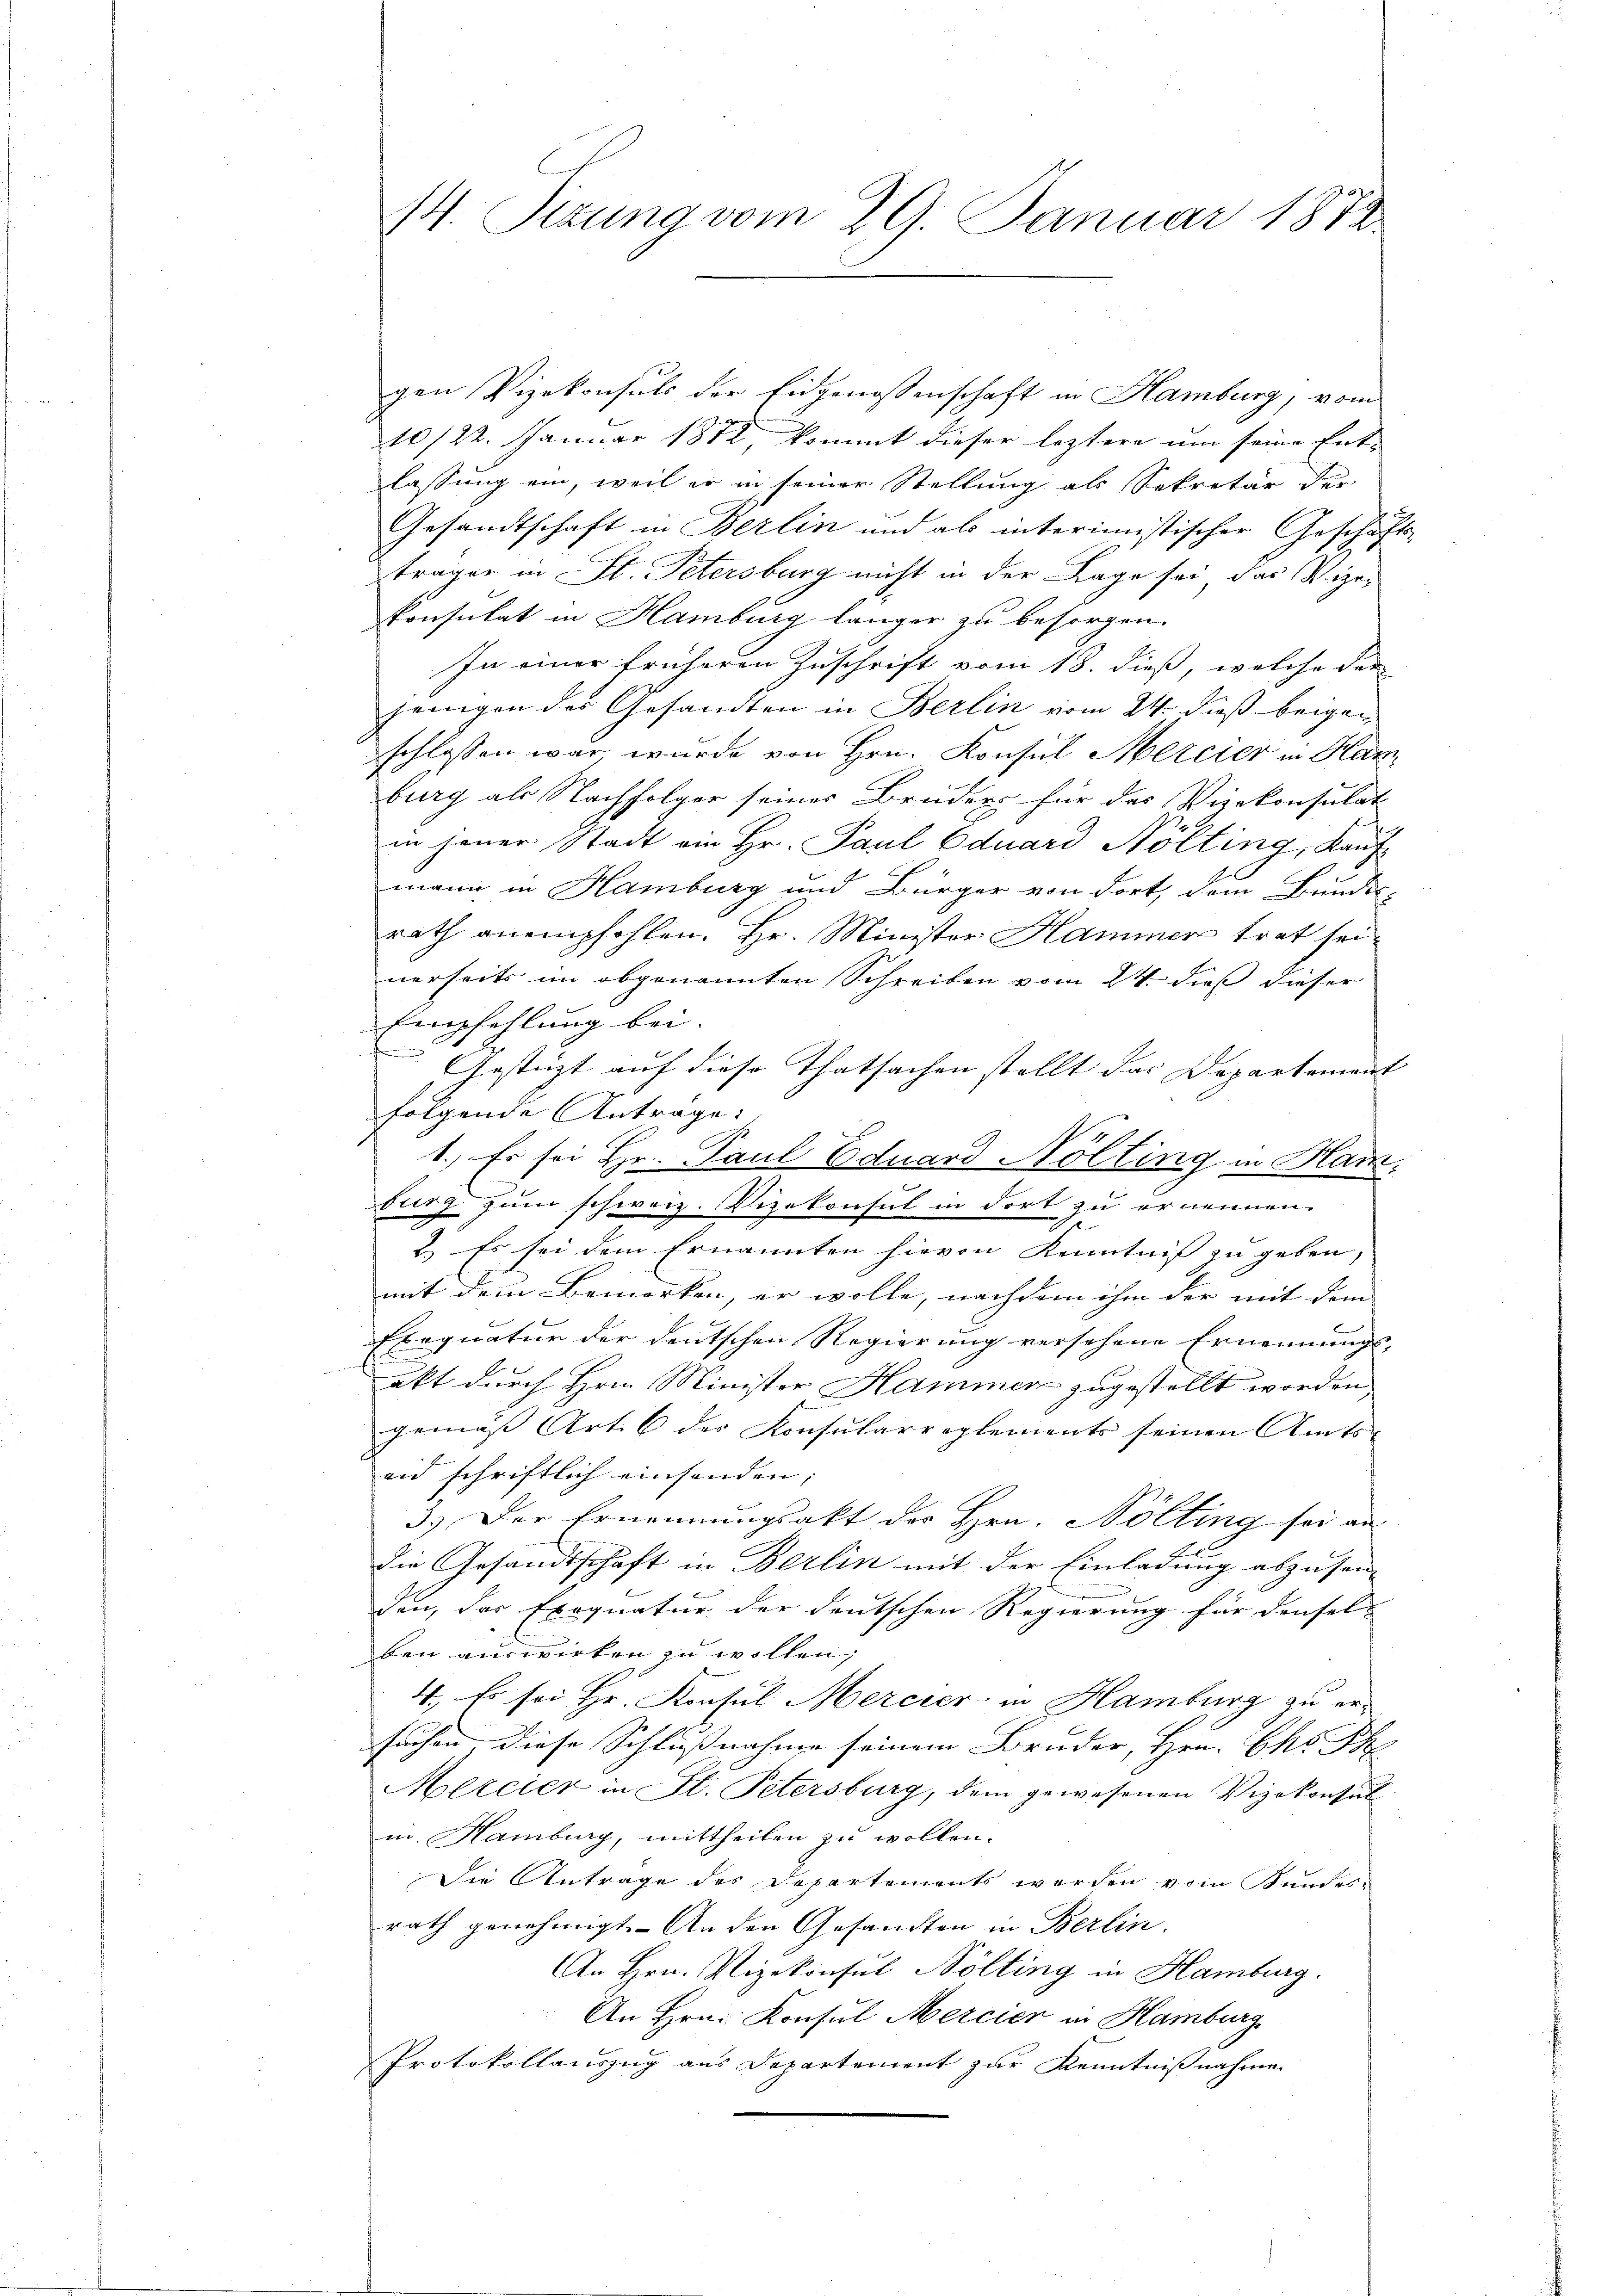
14. Situng vom 29. Januar 1872.

gen Vizekonsuls der Eidgenossenschaft in Hamburg, vom
20/22. Januar 1872 kommt dieser leztere um seine Ent-
lassung ein, weil er in seiner Stellung als Sekretär der
Gesandtschaft in Berlin und als interimistischer Geschäfts-
träger in St. Petersburg nicht in der Lage sei das Vize-
konsulat in Hamburg länger zu besorgen.
In einer früheren Zuschrift vom 18. dieß, welche der
jenigen des Gesandten in Berlin vom 24. dieß beigeschlossen war, wurde von Hrn. Konsul Mercier in Ham
burg als Nachfolger seiner Bruders für das Vizekonsulat
in jener Stadt ein Hr. Paul Eduard Nölting, Kaufmann in Hamburg und Bürger von dort, dem Bundes-
rath anempfohlen. Hr. Minister Hammer trat seinerseits im abgenannten Schreiben vom 24. dieß dieser
Empfehlung bei.
Gestüzt auf diese Thatsachen stellt das Departement
folgende Antrage:
1.) Es sei Hr. Paul Eduard Nölting in Ham.
burg zum schweiz. Vizekonsul in dort zu ernennen.
h
2.) Es sei dem Ernannten hievon Kenntniß zu geben,
mit dem Bemerken, er wolle, nachdem ihm der mit dem
Exequatur der deutschen Regierung versehene Ernennungs-
akt durch Hrn. Minister Hammer zugestellt worden,
gemäß Art. 6 des Konsularreglements seinen Amts- |
eid schriftlich einsenden;
3.) Der Ernennungsakt der Hrn. Nölting sei an
die Gesandtschaft in Berlin mit der Einladung abzusen-
den, das Exequatur der deutschen Regierung für densel-
ben auswirken zu wollen;
4., Es sei Hr. Konsul Mercier in Hamburg zu ersuchen diese Schlußnahme seinem Bruder, Hrn. Chr. Th.
Mercier in St. Petersburg, dem gewesenen Vizekonsul
in. Hamburg, mittheilen zu wollen.
Die Antrage des Departements werden vom Kundess
rath genehmigt. An den Gesandten in Berlin.
An Hrn. Vizekonsul Nölting in Hamburg.
An Hrn. Konsul Mercier in Hamburg
Protokollauszug aus Departement zur Kenntnißnahmen